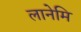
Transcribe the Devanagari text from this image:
लानेमि